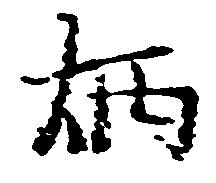
炳